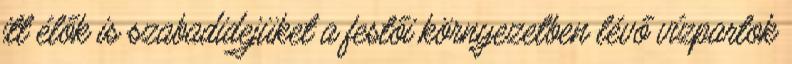
itt élők is szabadidejüket a festői környezetben lévő vízpartok